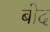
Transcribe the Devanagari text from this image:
बोद